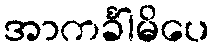
အာကင်္ခါမိပေ